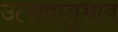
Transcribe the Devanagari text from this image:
उत्सवानुभाव